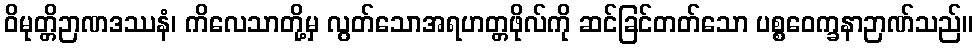
ဝိမုတ္တိဉာဏဒဿနံ၊ ကိလေသာတို့မှ လွတ်သောအရဟတ္တဖိုလ်ကို ဆင်ခြင်တတ်သော ပစ္စဝေက္ခနာဉာဏ်သည်။